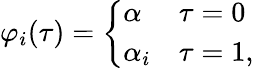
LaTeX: \varphi_{i}(\tau)=\left\{ \begin{array}{ll}{{\alpha}}&{{\tau=0}}\\ {{\alpha_{i}}}&{{\tau=1,}}\end{array}\right.